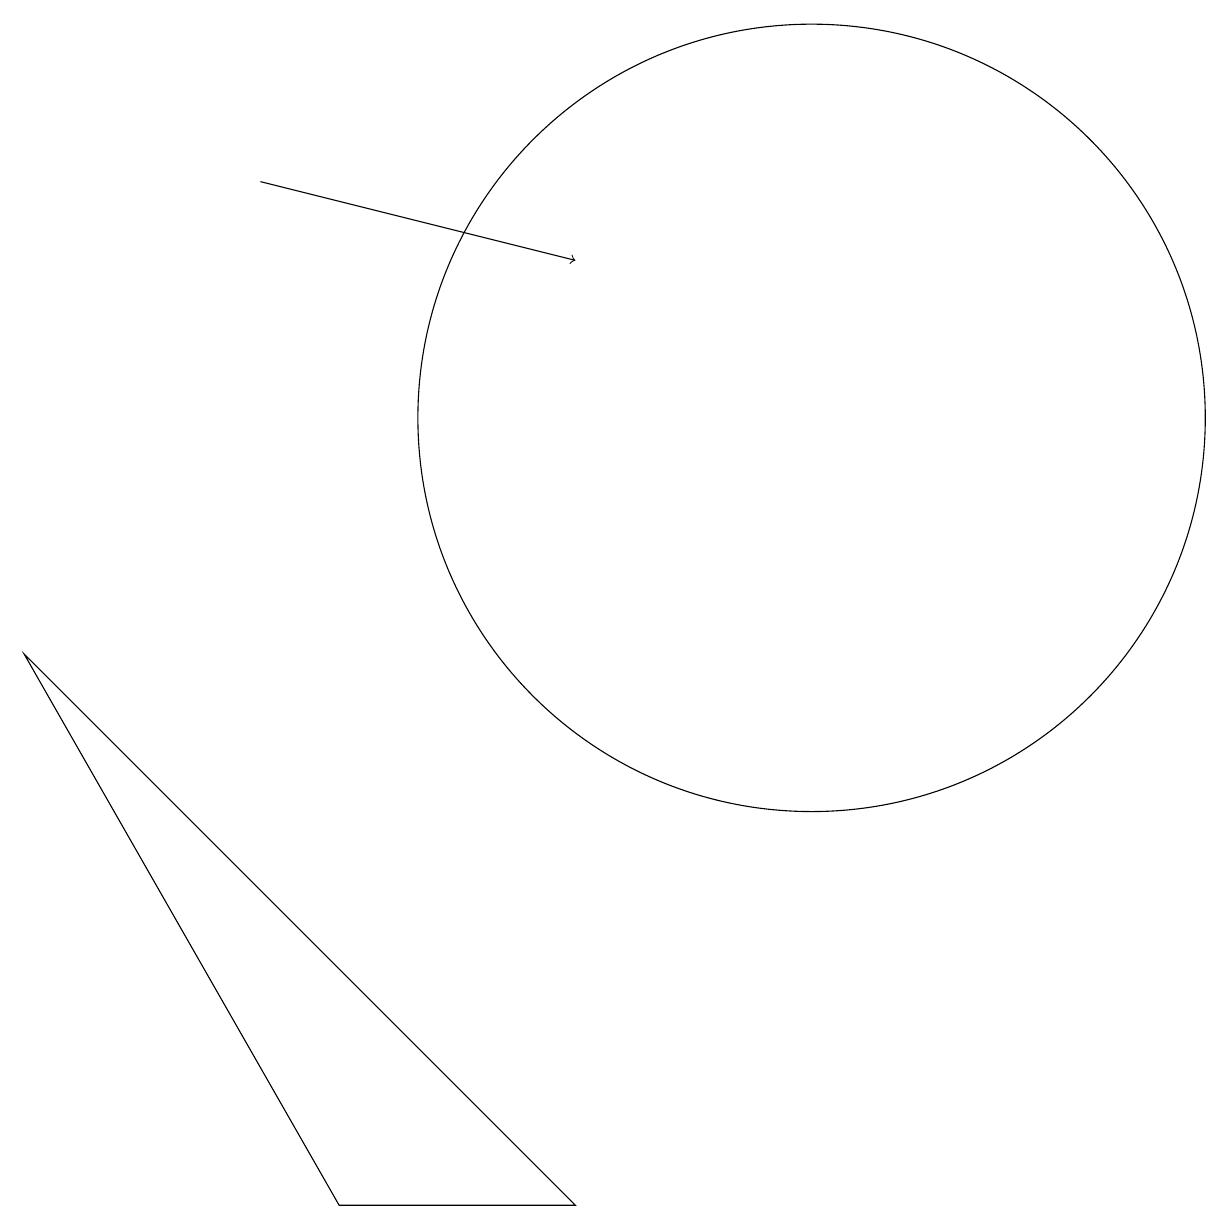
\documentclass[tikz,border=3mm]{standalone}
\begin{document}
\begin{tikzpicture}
\draw (9,2) -- (2,9) -- (6,2) -- cycle;
\draw[->] (5,15) -- (9,14);
\draw (12,12) circle (5);
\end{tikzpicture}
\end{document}